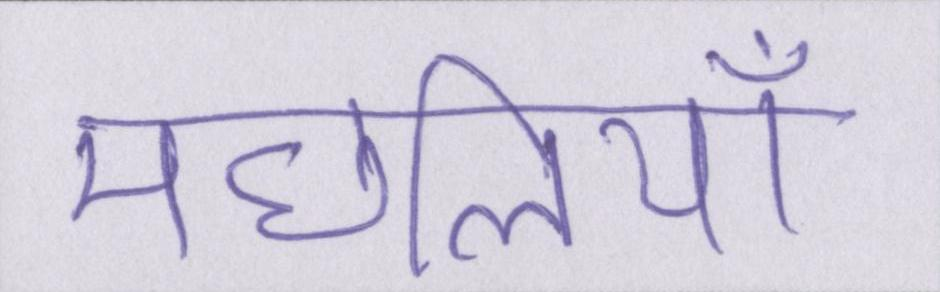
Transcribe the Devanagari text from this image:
मछलियाँ